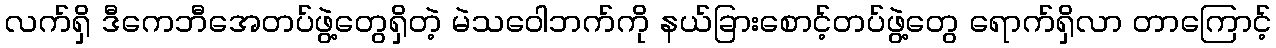
လက်ရှိ ဒီကေဘီအေတပ်ဖွဲ့တွေရှိတဲ့ မဲသဝေါဘက်ကို နယ်ခြားစောင့်တပ်ဖွဲ့တွေ ရောက်ရှိလာ တာကြောင့်